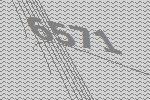
6571